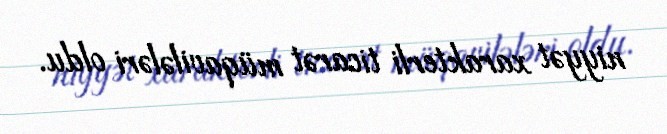
niyyət xarakterli ticarət müqavilələri oldu.